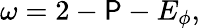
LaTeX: \omega=2-\mathsf{P}-E_{\phi},